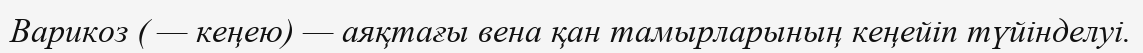
Варикоз ( — кеңею) — аяқтағы вена қан тамырларының кеңейіп түйінделуі.